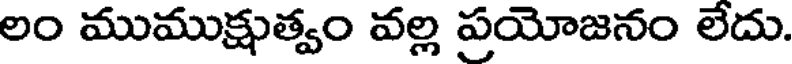
లం ముముక్షుత్వం వల్ల ప్రయోజనం లేదు.